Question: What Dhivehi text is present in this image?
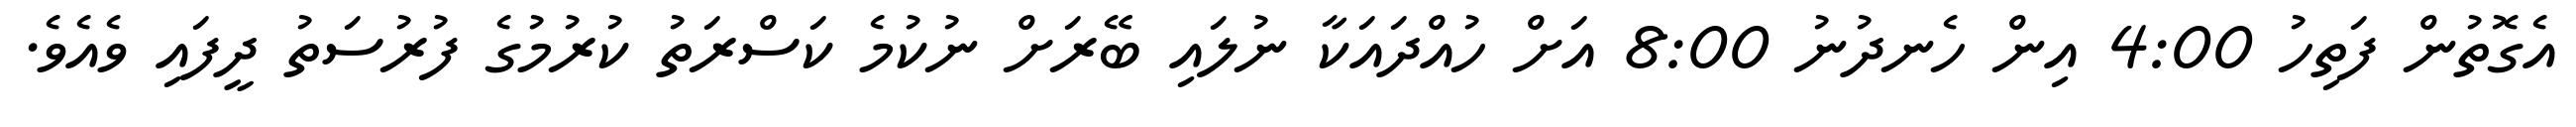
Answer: އެގޮތުން ފަތިހު 4:00 އިން ހެނދުނު 8:00 އަށް ހުއްދައަކާ ނުލައި ބޭރަށް ނުކުމެ ކަސްރަތު ކުރުމުގެ ފުރުސަތު ދީފައި ވެއެވެ.